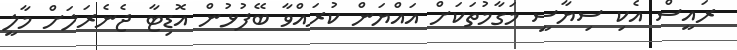
ރައީސް އެކި ސިޔާސީ މަގާމުތަކަށް އައްޔަން ކުރައްވާ ބޭފުޅުން އޮޑިޓާ ޖެނެރަލަށް މާލީ